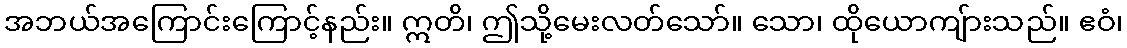
အဘယ်အကြောင်းကြောင့်နည်း။ ဣတိ၊ ဤသို့မေးလတ်သော်။ သော၊ ထိုယောကျ်ားသည်။ ဧဝံ၊